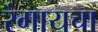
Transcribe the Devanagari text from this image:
रंगायचा